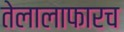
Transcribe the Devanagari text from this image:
तेलालाफारच